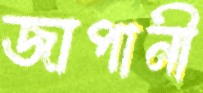
জাপানী